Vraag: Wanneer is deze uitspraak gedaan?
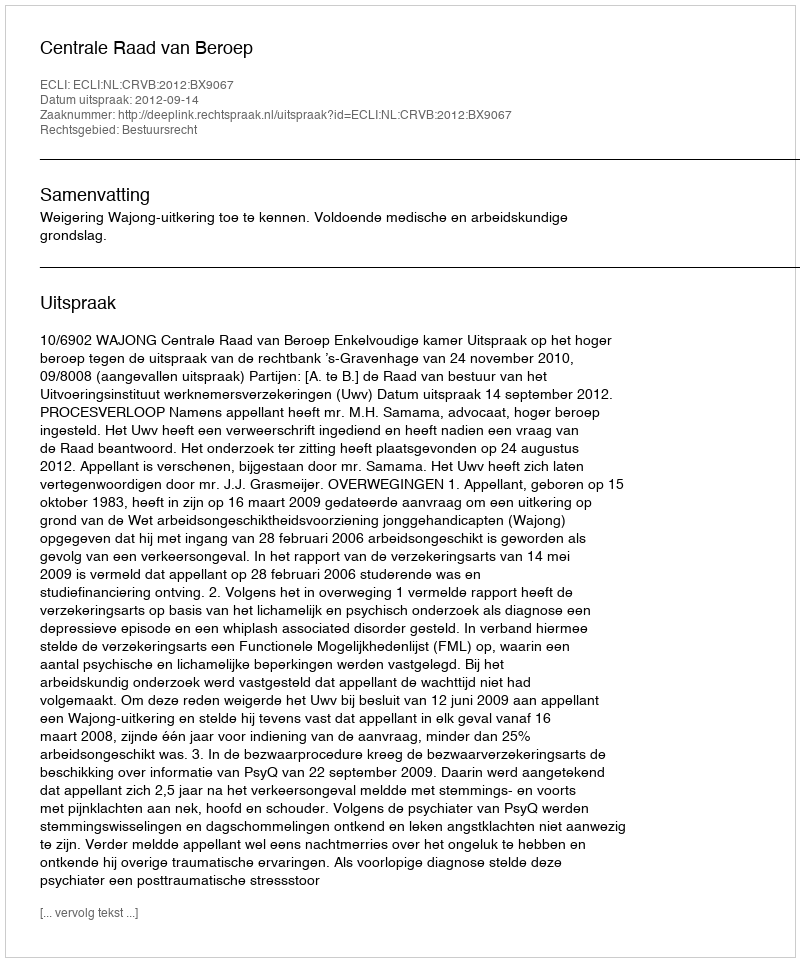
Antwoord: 2012-09-14